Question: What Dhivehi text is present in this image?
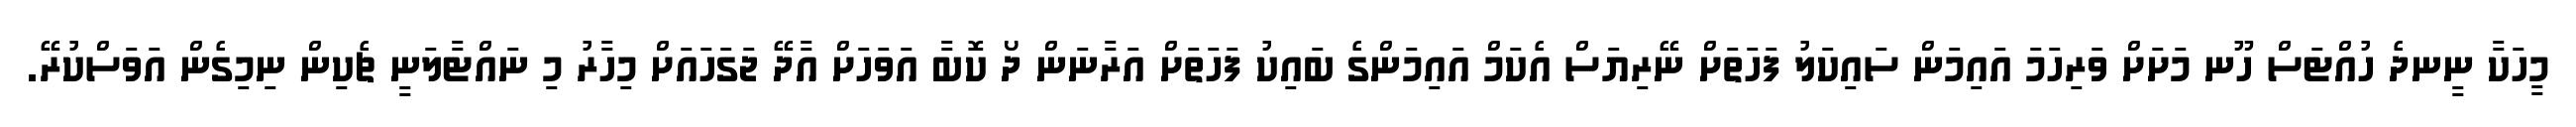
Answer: މީހަކާ ނީނދެ ހުއްޓަސް ހޫނ މަށަށް ވަރިހަމަ އައިމަން ސައިކަލު ފަހަތަށް ނޭރިޔަސް އެކަމް އައިމަންގެ ބައިކު ފަހަތަށް އަރާނަން ދޯ ކޮބާ އަވަހަށް އާދޭ ޖަގަހައަށް މިހާރު މި ނައްޓާލަނީ ޗެކިން ނިމިގެން އަވަސްކުރޭ.